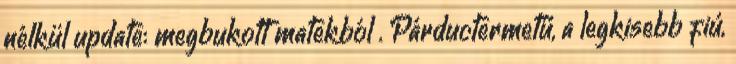
nélkül update: megbukott matekból . Párductermetű, a legkisebb fiú,